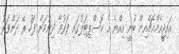
އައިޖީއެމްއެޗްއިން ބުނީ އިއްޔެ އެ ހޮސްޕިޓަލުގައި ފަރުވާ ދިނުމަށް ފަހު ރޭ ދަންވަރު